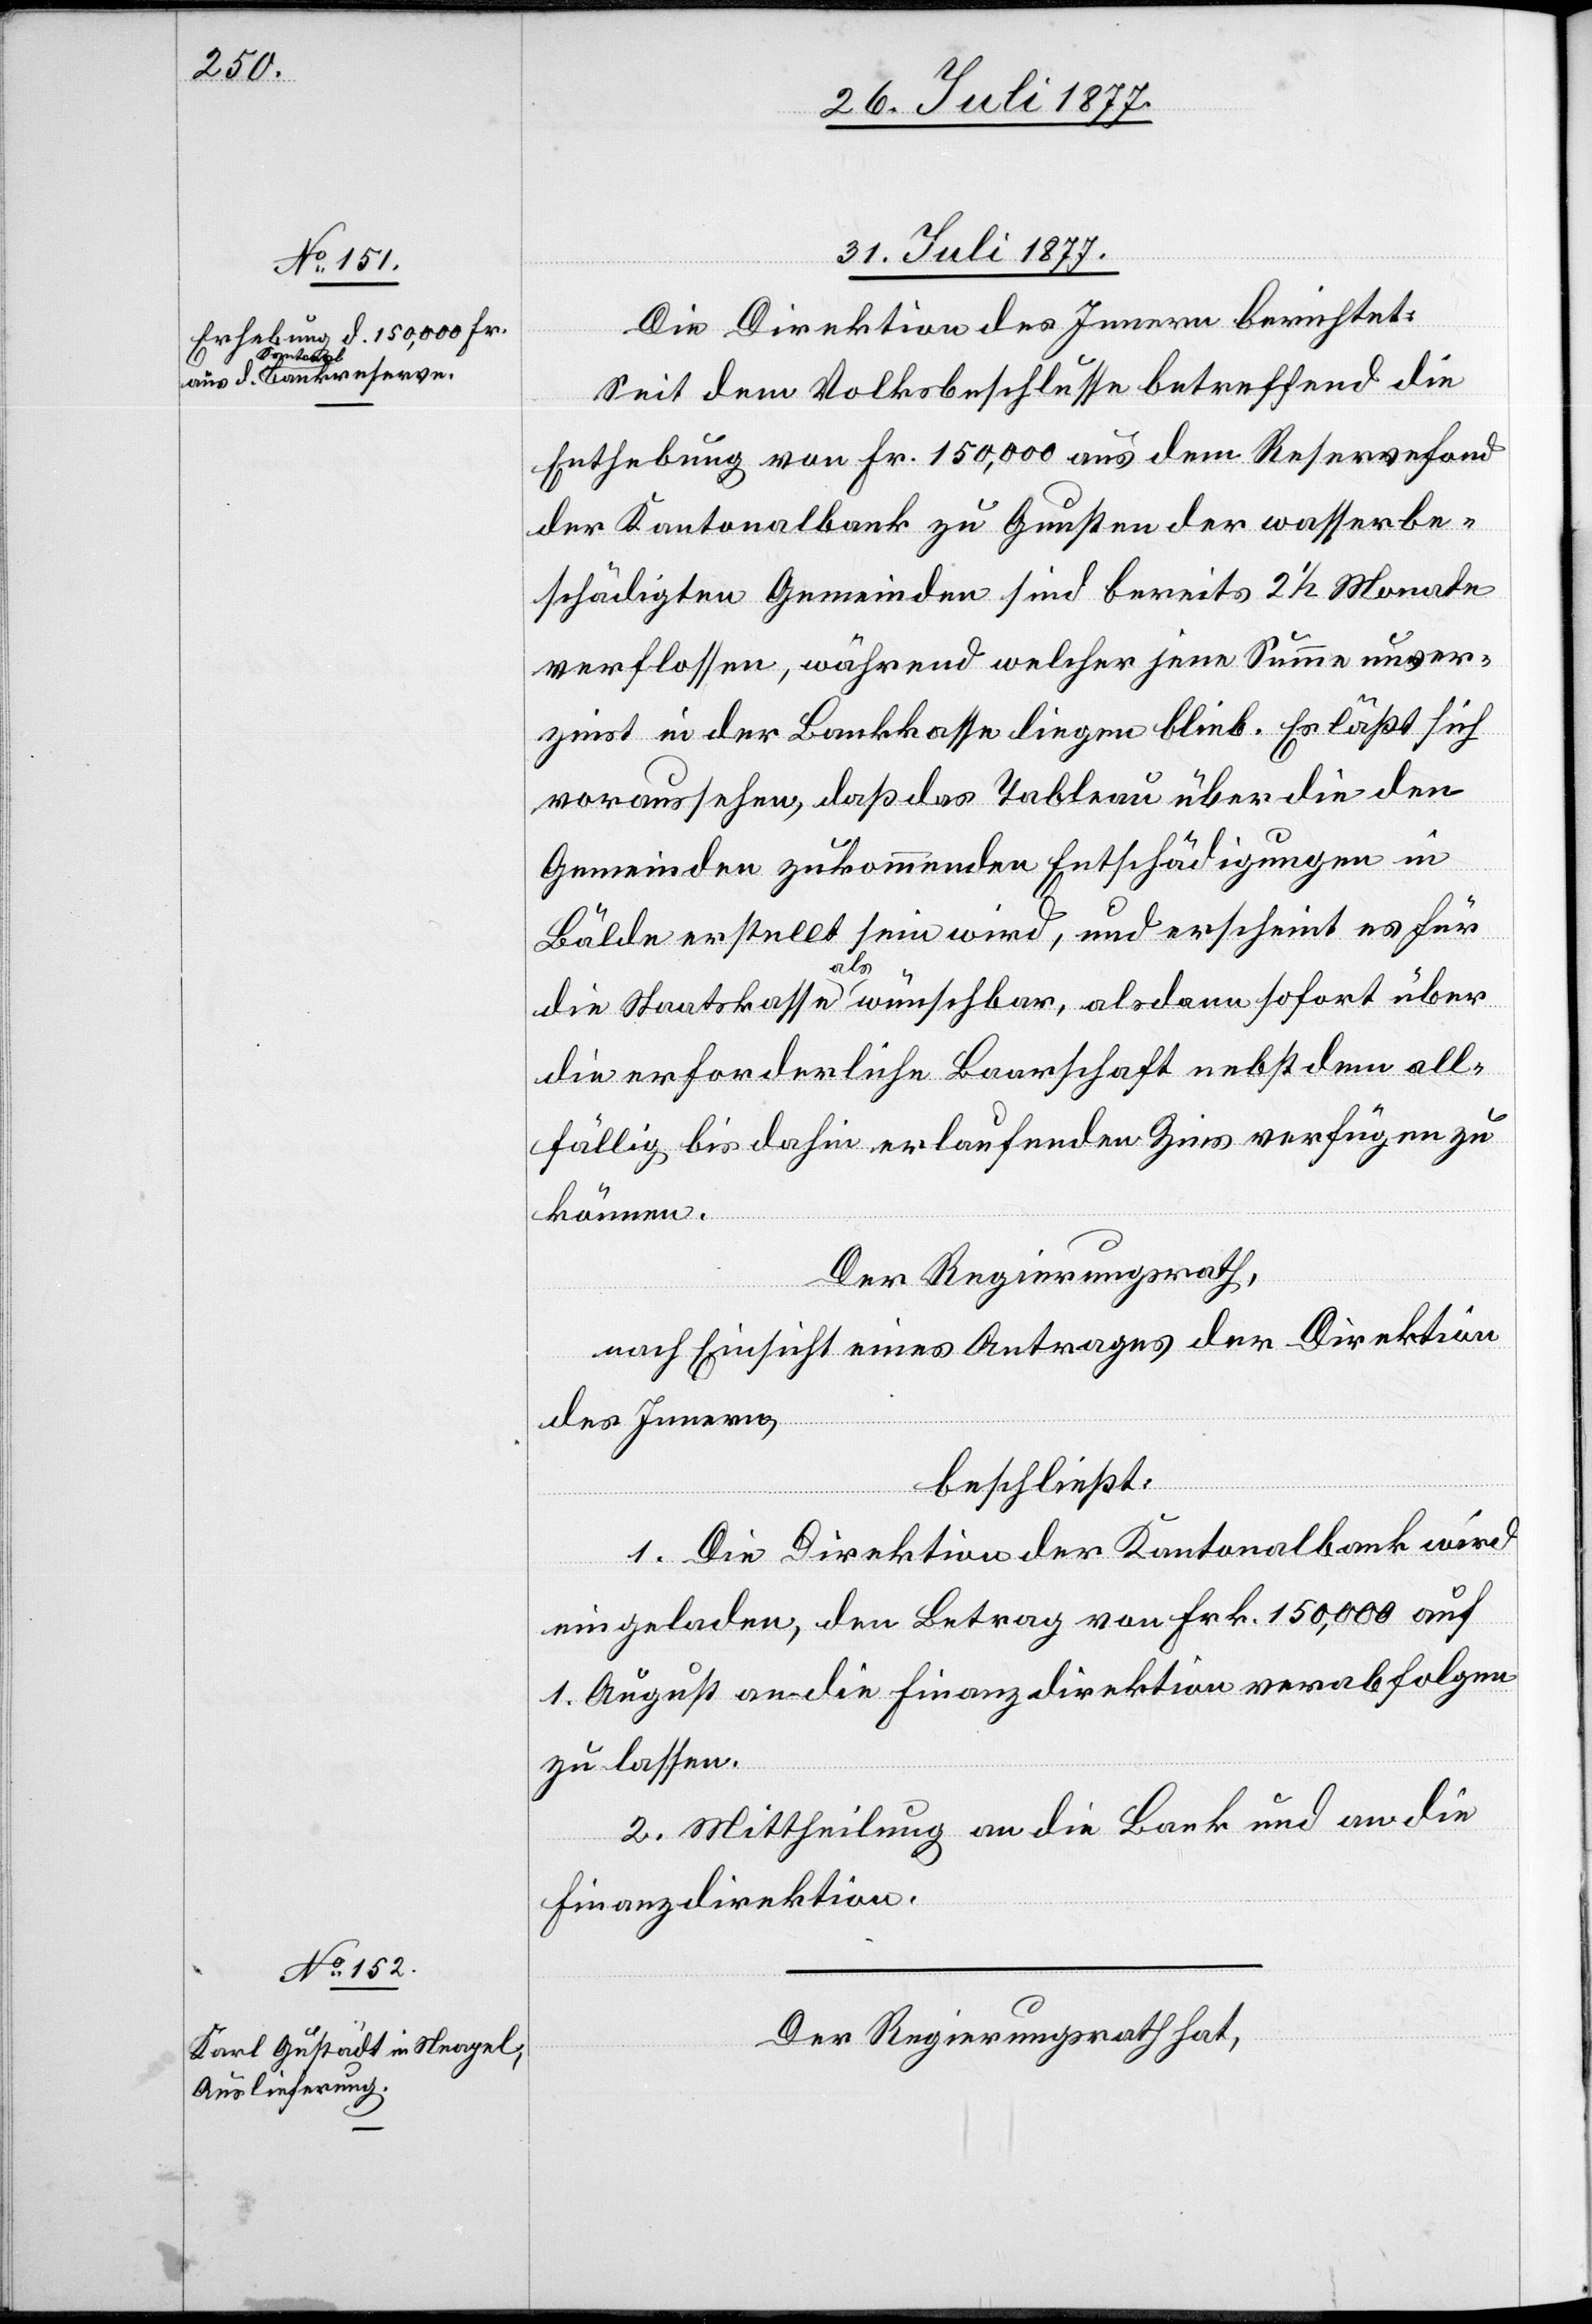
31. Juli 1877.]
Die Direktion des Innern berichtet:
Seit dem Volksbeschlusse betreffend die
Enthebung von Fr. 150,000 aus dem Reservefond
der Kantonalbank zu Gunsten der wasserbe¬
schädigten Gemeinden sind bereits 2 1/2 Monate
verflossen, während welcher jene Summe unver¬
zinst in der Bankkasse liegen blieb. Es läßt sich
voraussehen, daß das Tableau über die den
Gemeinden zukommenden Entschädigungen in
Bälde erstellt sein wird, und erscheint es für
die Staatskasse als wünschbar, alsdann sofort über
die erforderliche Baarschaft nebst dem all¬
fällig bis dahin erlaufenden Zins verfügen zu
können.
Der Regierungsrath,
nach Einsicht eines Antrages der Direktion
des Innern,
beschließt:
1. Die Direktion der Kantonalbank wird
eingeladen, den Betrag von Frk. 150,000 auf
1. August an die Finanzdirektion verabfolgen
zu lassen.
2. Mittheilung an die Bank und an die
Finanzdirektion.
Der Regierungsrath hat,